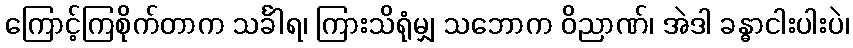
ကြောင့်ကြစိုက်တာက သင်္ခါရ၊ ကြားသိရုံမျှ သဘောက ဝိညာဏ်၊ အဲဒါ ခန္ဓာငါးပါးပဲ၊